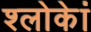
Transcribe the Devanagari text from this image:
श्लोकेां